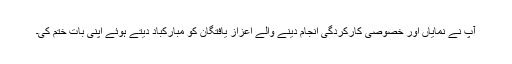
آپ نے نمایاں اور خصوصی کارکردگی انجام دینے والے اعزاز یافتگان کو مبارکباد دیتے ہوئے اپنی بات ختم کی۔